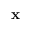
\mathbf { x }